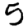
Digit: 5